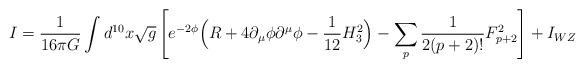
LaTeX: \begin{align*} I = \frac{1}{16\pi G} \int d^{10} x \sqrt{g} \left[e^{-2\phi} \Big( R + 4 \partial_\mu \phi \partial^\mu \phi -\frac{1}{12} H_3^2 \Big) - \sum_p \frac{1}{2 (p+2)!} F_{p+2}^2\right] + I_{WZ}\end{align*}